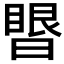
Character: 𰖥